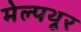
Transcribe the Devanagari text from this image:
मेल्पथूर